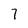
Character: 7